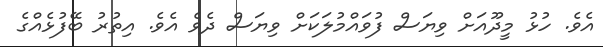
އެވެ. ހުޅު މީދޫއަށް ވިޔަސް ފުވައްމުލަކަށް ވިޔަސް ދެވެ އެވެ. އިތުރު ބޭފުޅެއްގެ